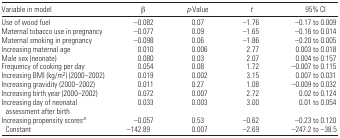
<table><thead><tr><td><b>Variable in model</b></td><td><b>β</b></td><td><b><i>p</i>-Value</b></td><td><b><i>t</i></b></td><td><b>95% CI</b></td></tr></thead><tbody><tr><td>Use of wood fuel</td><td>−0.082</td><td>0.07</td><td>−1.76</td><td>−0.17 to 0.009</td></tr><tr><td>Maternal tobacco use in pregnancy</td><td>−0.077</td><td>0.09</td><td>−1.65</td><td>−0.16 to 0.014</td></tr><tr><td>Maternal smoking in pregnancy</td><td>−0.098</td><td>0.06</td><td>−1.86</td><td>−0.20 to 0.005</td></tr><tr><td>Increasing maternal age</td><td>0.010</td><td>0.006</td><td>2.77</td><td>0.003 to 0.018</td></tr><tr><td>Male sex (neonate)</td><td>0.080</td><td>0.03</td><td>2.07</td><td>0.004 to 0.157</td></tr><tr><td>Frequency of cooking per day</td><td>0.054</td><td>0.08</td><td>1.72</td><td>−0.007 to 0.115</td></tr><tr><td>Increasing BMI (kg/m<sup>2</sup>) (2000–2002)</td><td>0.019</td><td>0.002</td><td>3.15</td><td>0.007 to 0.031</td></tr><tr><td>Increasing gravidity (2000–2002)</td><td>0.011</td><td>0.27</td><td>1.08</td><td>−0.009 to 0.032</td></tr><tr><td>Increasing birth year (2000–2002)</td><td>0.072</td><td>0.007</td><td>2.72</td><td>0.02 to 0.124</td></tr><tr><td>Increasing day of neonatal assessment after birth</td><td>0.033</td><td>0.003</td><td>3.00</td><td>0.01 to 0.054</td></tr><tr><td>Increasing propensity scoresa</td><td>−0.057</td><td>0.53</td><td>−0.62</td><td>−0.23 to 0.120</td></tr><tr><td>Constant</td><td>−142.89</td><td>0.007</td><td>−2.69</td><td>−247.2 to −38.5</td></tr></tbody></table>